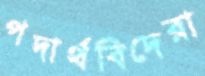
পদার্থবিদেরা